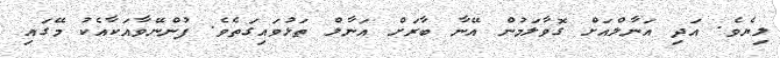
ލިޔެވެ. އަދި އަނާލްއަށް ގޮވާލަމުން އޭނާ ބާރަށް އަނާލް ތަޅުވައިގަތެވެ. ފުންނޭވާއަކާއެކު މޭގައި